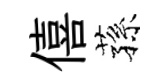
僖蓀